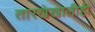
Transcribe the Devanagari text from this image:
तारखेखालीही